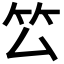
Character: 𥫛